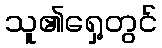
သူ၏ရှေ့တွင်